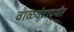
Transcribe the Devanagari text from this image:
वाळवंटापर्यंत